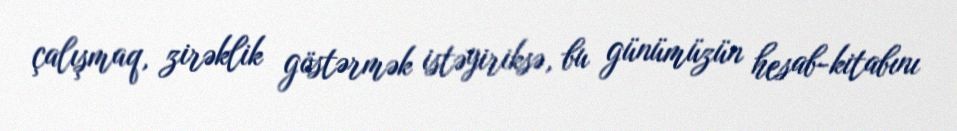
çalışmaq, zirəklik göstərmək istəyiriksə, bu günümüzün hesab-kitabını